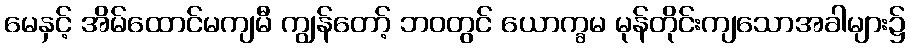
မေနှင့် အိမ်ထောင်မကျမီ ကျွန်တော့် ဘဝတွင် ယောက္ခမ မုန်တိုင်းကျသောအခါများ၌